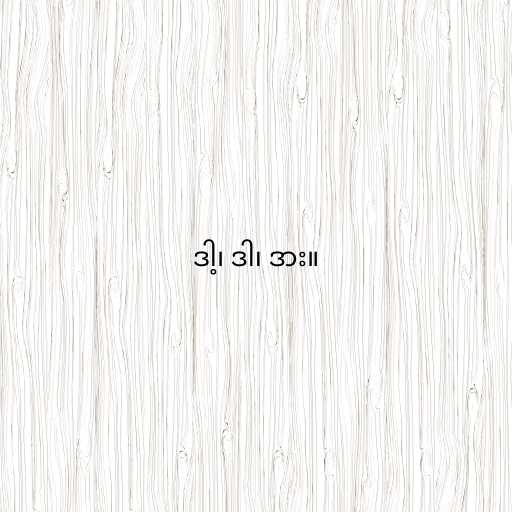
ဒါ့၊ ဒါ၊ ဒား။